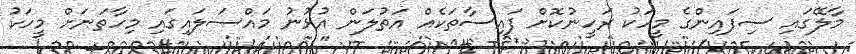
މާލޭގައި ސިފައިންގެ މީހަކު ރަހީނުކޮށް ފައިސާތަކެއް އަތުލަން އުޅުނު މައްސަލައިގައި މިހާތަނަށް މީހަކު